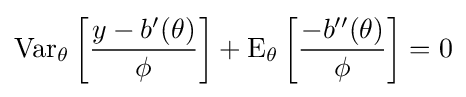
\operatorname {Var} _{\theta }\left[{\frac {y-b'(\theta )}{\phi }}\right]+\operatorname {E} _{\theta }\left[{\frac {-b''(\theta )}{\phi }}\right]=0